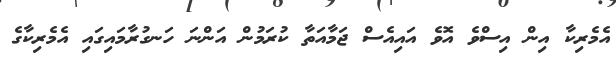
އެމެރިކާ އިން އިސްވެ އޮވެ އައިއެސް ޖަމާއަތާ ކުރަމުން އަންނަ ހަނގުރާމައިގައި އެމެރިކާގެ